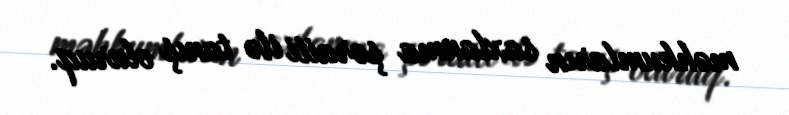
məhkumların saxlanma şəraiti ilə tanış oluruq.